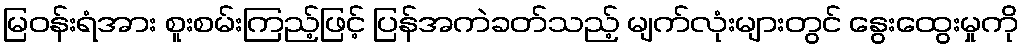
မြဝန်းရံအား စူးစမ်းကြည့်ဖြင့် ပြန်အကဲခတ်သည့် မျက်လုံးများတွင် နွေးထွေးမှုကို